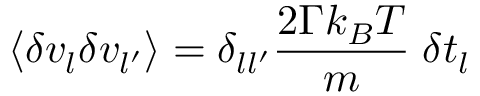
\left\langle \delta v _ { l } \delta v _ { l ^ { \prime } } \right\rangle = \delta _ { l l ^ { \prime } } \frac { 2 \Gamma k _ { B } T } { m } \; \delta t _ { l }